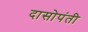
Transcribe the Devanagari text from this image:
दासोपंती